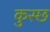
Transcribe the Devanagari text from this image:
कुस्छ